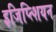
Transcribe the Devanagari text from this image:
इजिप्त्शियन